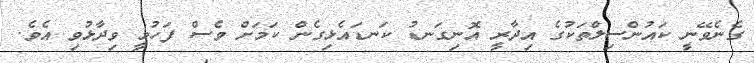
ގެނެވޭނީ ކައުންސިލްތަކުގެ އިދާރީ އޮނިގަނޑު ކަނޑައެޅިގެން ކަމަށް ވެސް ފަހުމީ ވިދާޅުވި އެވެ.